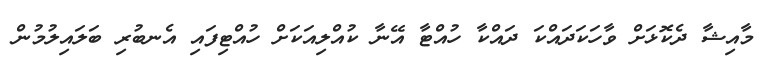
މާއިޝާ ދެކޮޅަށް ވާހަކަދައްކަ ދައްކާ ހުއްޓާ އޭނާ ކުއްލިއަކަށް ހުއްޓިފައި އެނބުރި ބަލައިލުމުން